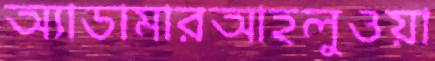
অ্যাডামারআহলুওয়া